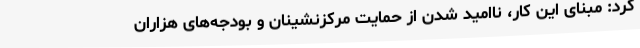
کرد: مبنای این کار، ناامید شدن از حمایت مرکزنشینان و بودجه‌های هزاران